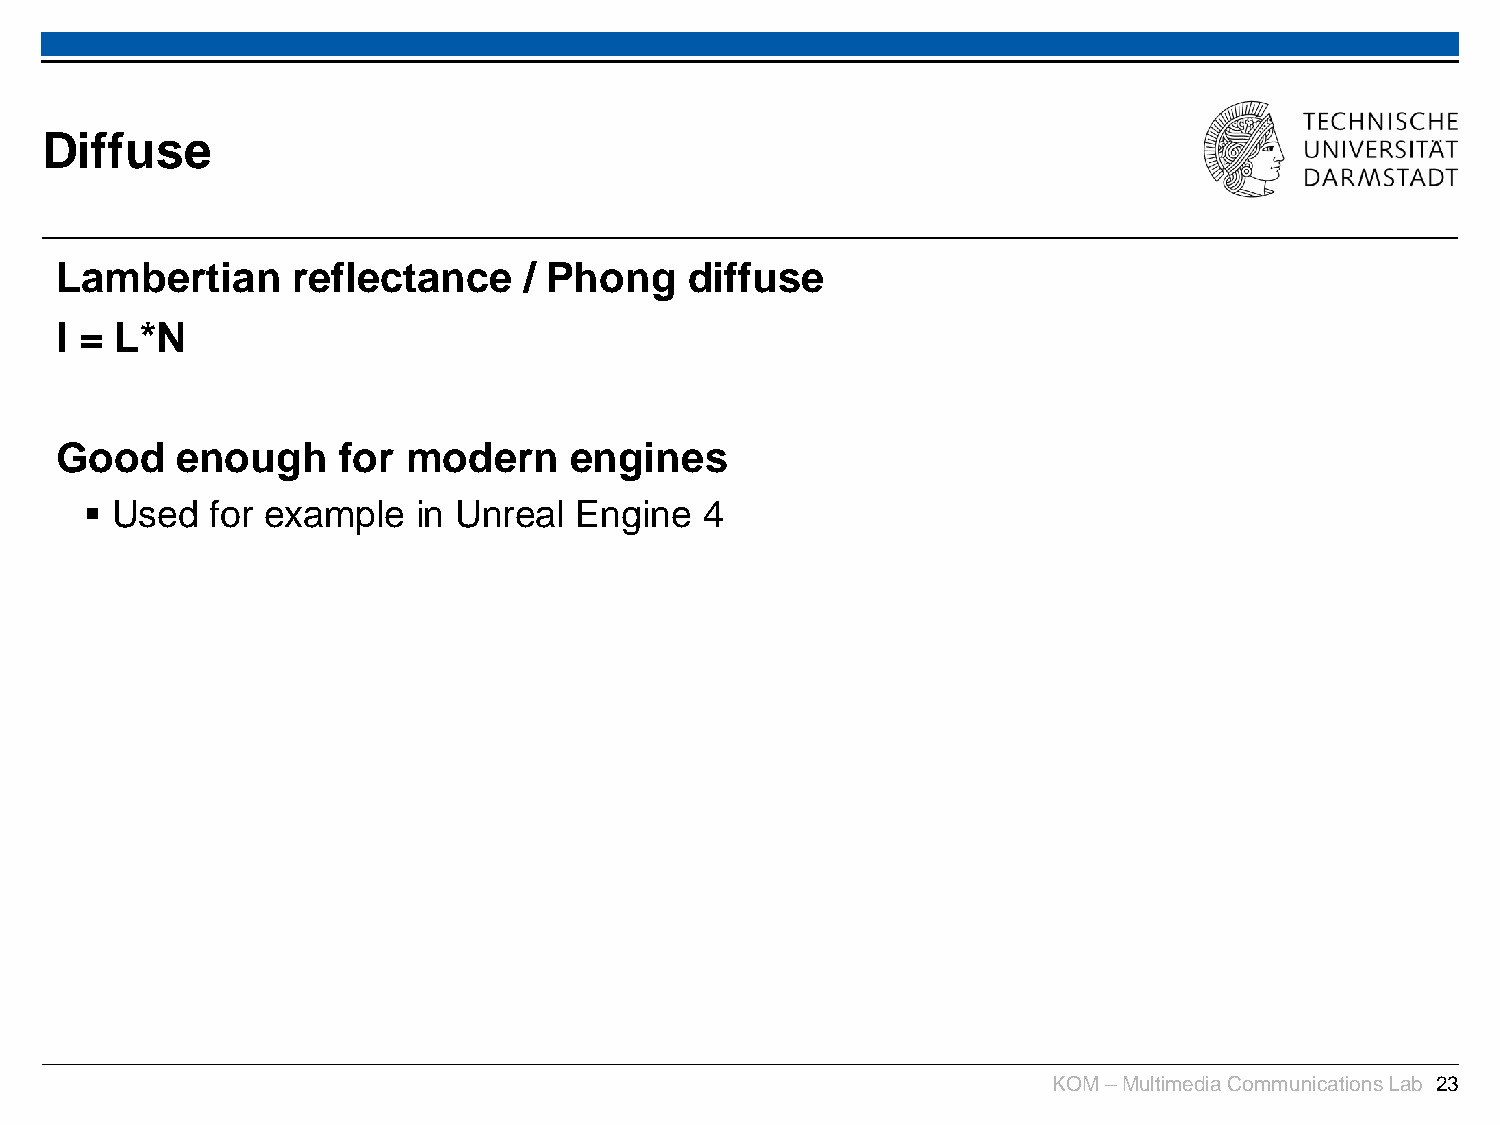
Diffuse
 Lambertian     reflectance     / Phong    diffuse
 I = L*N
 Good    enough    for  modern     engines
  Used  for example   in Unreal Engine   4
 KOM –Multimedia Communications Lab 23